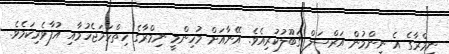
ނިމްރާގެ އެ ނިންމުން އަރްސަލް ޤަބޫލުކުރިއެވެ. އޭނާއަށް މުހިންމީ ނިމްރާގެ ހިތްހަމަޖެހުމާއި އުފާވެރިކަމެވެ.